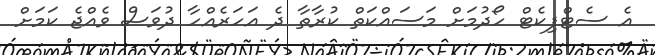
އެ ސެޓްފިކެޓް ހޯދުމަށް މަސައްކަތް ކުރާތާ ދެ އަހަރެއްހާ ދުވަސް ވެއްޖެ ކަމަށް